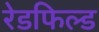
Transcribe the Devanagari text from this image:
रेडफिल्ड